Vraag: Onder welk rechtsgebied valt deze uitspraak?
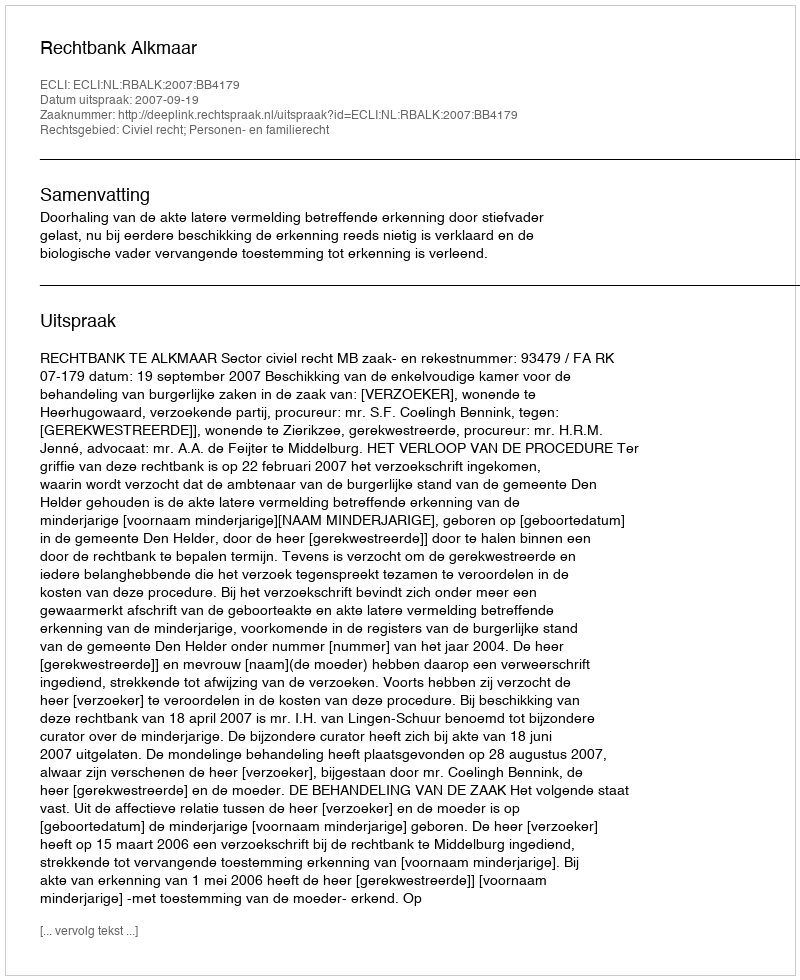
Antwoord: Civiel recht; Personen- en familierecht